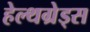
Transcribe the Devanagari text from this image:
हेल्थग्रेड्स